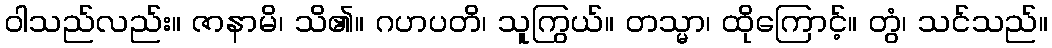
ဝါသည်လည်း။ ဇာနာမိ၊ သိ၏။ ဂဟပတိ၊ သူကြွယ်။ တသ္မာ၊ ထိုကြောင့်။ တွံ၊ သင်သည်။